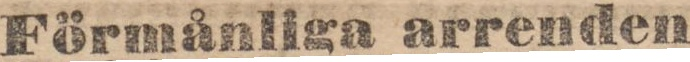
Förmånliga arrenden